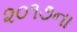
૨૦૧૭ના